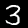
Digit: 3